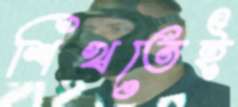
শিখতেই